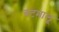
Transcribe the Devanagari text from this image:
बटमालू